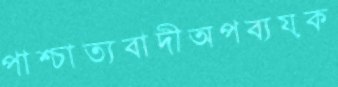
পাশ্চাত্যবাদীঅপব্যয়ক